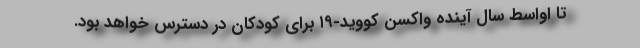
تا اواسط سال آینده واکسن کووید-۱۹ برای کودکان در دسترس خواهد بود.